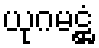
ယုဂမဋ္ဌံ